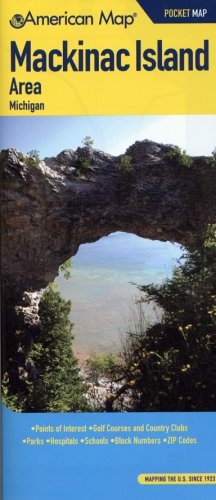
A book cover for Mackinac Island Area Mi Pocket Map (American Map); Travel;